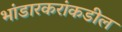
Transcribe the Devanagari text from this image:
भांडारकरांकडील